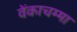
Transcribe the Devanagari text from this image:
वेंकाचम्मा